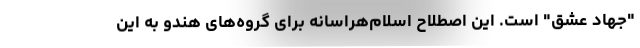
"جهاد عشق" است. این اصطلاح اسلام‌هراسانه برای گروه‌های هندو به این